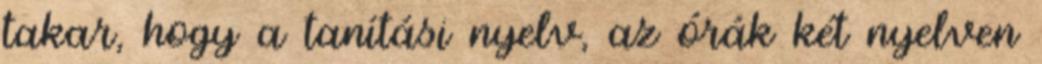
takar, hogy a tanítási nyelv, az órák két nyelven